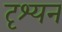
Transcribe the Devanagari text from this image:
दृश्यन